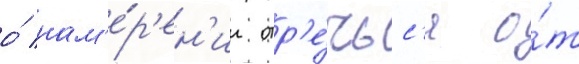
о́ нам'е́р'ен'ии отр'е́чьс'я о́т